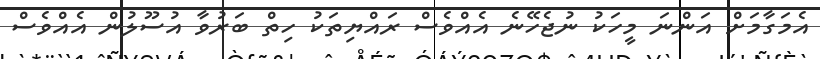
އެމަގާމަށް އަންނަ މީހަކު ނުޖެހޭނެ އެއްވެސް ރައްޔިތަކު ހިތް ބަރުވާ އުސޫލުން އެއްވެސް